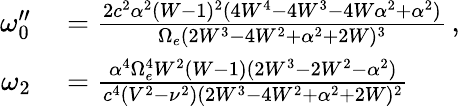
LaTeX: \begin{array}{rl}{\omega_{0}^{\prime\prime}}&{{}=\frac{2c^{2}\alpha^{2}(W-1)^{2}(4W^{4}-4W^{3}-4W\alpha^{2}+\alpha^{2})}{\Omega_{e}(2W^{3}-4W^{2}+\alpha^{2}+2W)^{3}}\, ,}\\ {\omega_{2}}&{{}=\frac{\alpha^{4}\Omega_{e}^{4}W^{2}(W-1)(2W^{3}-2W^{2}-\alpha^{2})}{c^{4}(V^{2}-\nu^{2})(2W^{3}-4W^{2}+\alpha^{2}+2W)^{2}}}\end{array}